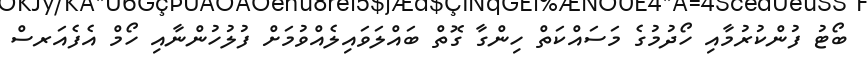
ބޯޓު ފުންކުރުމާއި ހޯދުމުގެ މަސައްކަތް ހިންގާ ގޮތް ބައްލަވައިލެއްވުމަށް ފުލުހުންނާއި ހޯމް އެފެއަރސް